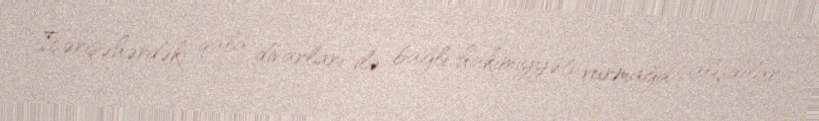
“İçərişəhərdəki qala divarları ilə bağlı hakimiyyəti vurmağa çalışdılar.